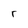
Character: r